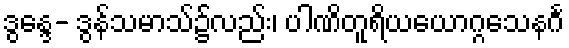
ဒွန္ဒေ- ဒွန်သမာသ်၌လည်း၊ ပါဏိတူရိယယောဂ္ဂသေနင်္ဂ